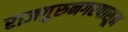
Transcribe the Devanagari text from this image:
राजगुरुनगरपासून